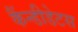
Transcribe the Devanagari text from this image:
कैंन्डीडेटस